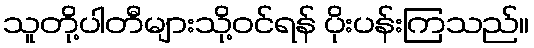
သူတို့ပါတီများသို့ဝင်ရန် ပိုးပန်းကြသည်။